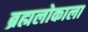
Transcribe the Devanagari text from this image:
ब्रह्मलोकाला